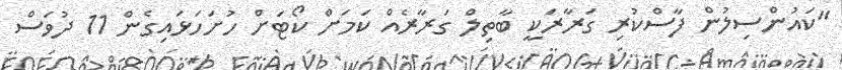
"ކައުންސިލުން ފާސްކުރި ގަރާރަކީ ބާތިލް ގަރާރެއް ކަމަށް ކޯޓަށް ހުށަހަޅައިގެން 11 ދުވަސް